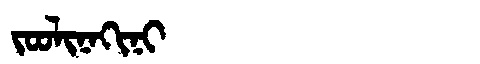
Manchu: ᠵᠣᠣᠯᡳᠨᠠᡴᡳᠨᡳ
Romanization: JOOLINAKINI